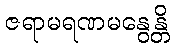
ဇရာမရဏမနွေန္တိ